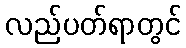
လည်ပတ်ရာတွင်